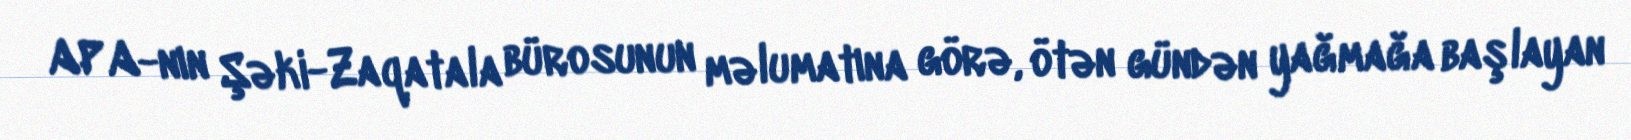
APA-nın Şəki-Zaqatala bürosunun məlumatına görə, ötən gündən yağmağa başlayan